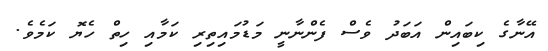
އޭނާގެ ކިބައިން އަބަދު ވެސް ފެންނާނީ މަޑުމައިތިރި ކަމާއި ހިތް ހެޔޮ ކަމެވެ.